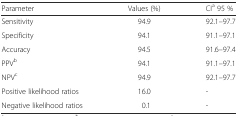
| Parameter | Values (%) | CIa 95 % |
 | --- | --- | --- |
 | Sensitivity | 94.9 | 92.1–97.7 |
 | Specificity | 94.1 | 91.1–97.1 |
 | Accuracy | 94.5 | 91.6–97.4 |
 | PPVb | 94.1 | 91.1–97.1 |
 | NPVc | 94.9 | 92.1–97.7 |
 | Positive likelihood ratios | 16.0 | - |
 | Negative likelihood ratios | 0.1 | - |